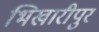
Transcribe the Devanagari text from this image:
भिखारीपुर